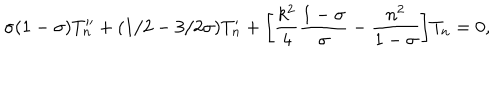
\sigma ( 1 - \sigma ) T _ { n } ^ { \prime \prime } + ( 1 / 2 - 3 / 2 \sigma ) T _ { n } ^ { \prime } + \biggl [ \frac { k ^ { 2 } } { 4 } \frac { 1 - \sigma } { \sigma } - \frac { n ^ { 2 } } { 1 - \sigma } \biggr ] T _ { n } = 0 ,